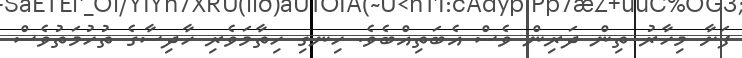
ފަށާ މިހާރު ތިން ދަރިން ވެސް އެބަތިއްބެވެ. ހިނގި ހިތާމަވެރި ހާދިސާގެ ތުހުމަތުވެސް